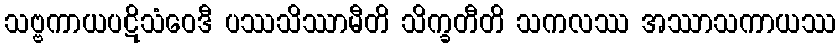
သဗ္ဗကာယပဋိသံဝေဒီ ပဿသိဿာမီတိ သိက္ခတီတိ သကလဿ အဿာသကာယဿ